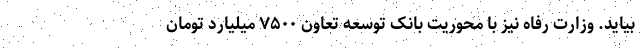
بیاید. وزارت رفاه نیز با محوریت بانک توسعه تعاون ۷۵۰۰ میلیارد تومان